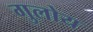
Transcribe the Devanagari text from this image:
गुलोय